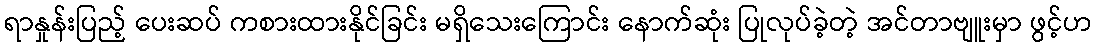
ရာနှုန်းပြည့် ပေးဆပ် ကစားထားနိုင်ခြင်း မရှိသေးကြောင်း နောက်ဆုံး ပြုလုပ်ခဲ့တဲ့ အင်တာဗျူးမှာ ဖွင့်ဟ